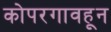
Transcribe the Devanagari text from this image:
कोपरगावहून